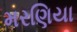
મરણિયા